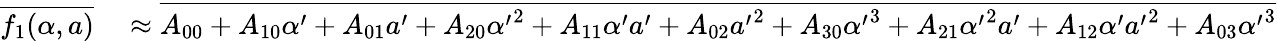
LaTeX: \begin{array}{rl}{\overline{{f_{1}(\alpha,a)}}}&{{}\approx\overline{{A_{00}+A_{10}\alpha^{\prime}+A_{01}a^{\prime}+A_{20}{\alpha^{\prime}}^{2}+A_{11}\alpha^{\prime}a^{\prime}+A_{02}{a^{\prime}}^{2}+A_{30}{\alpha^{\prime}}^{3}+A_{21}{\alpha^{\prime}}^{2}a^{\prime}+A_{12}\alpha^{\prime}{a^{\prime}}^{2}+A_{03}{\alpha^{\prime}}^{3}}}}\end{array}